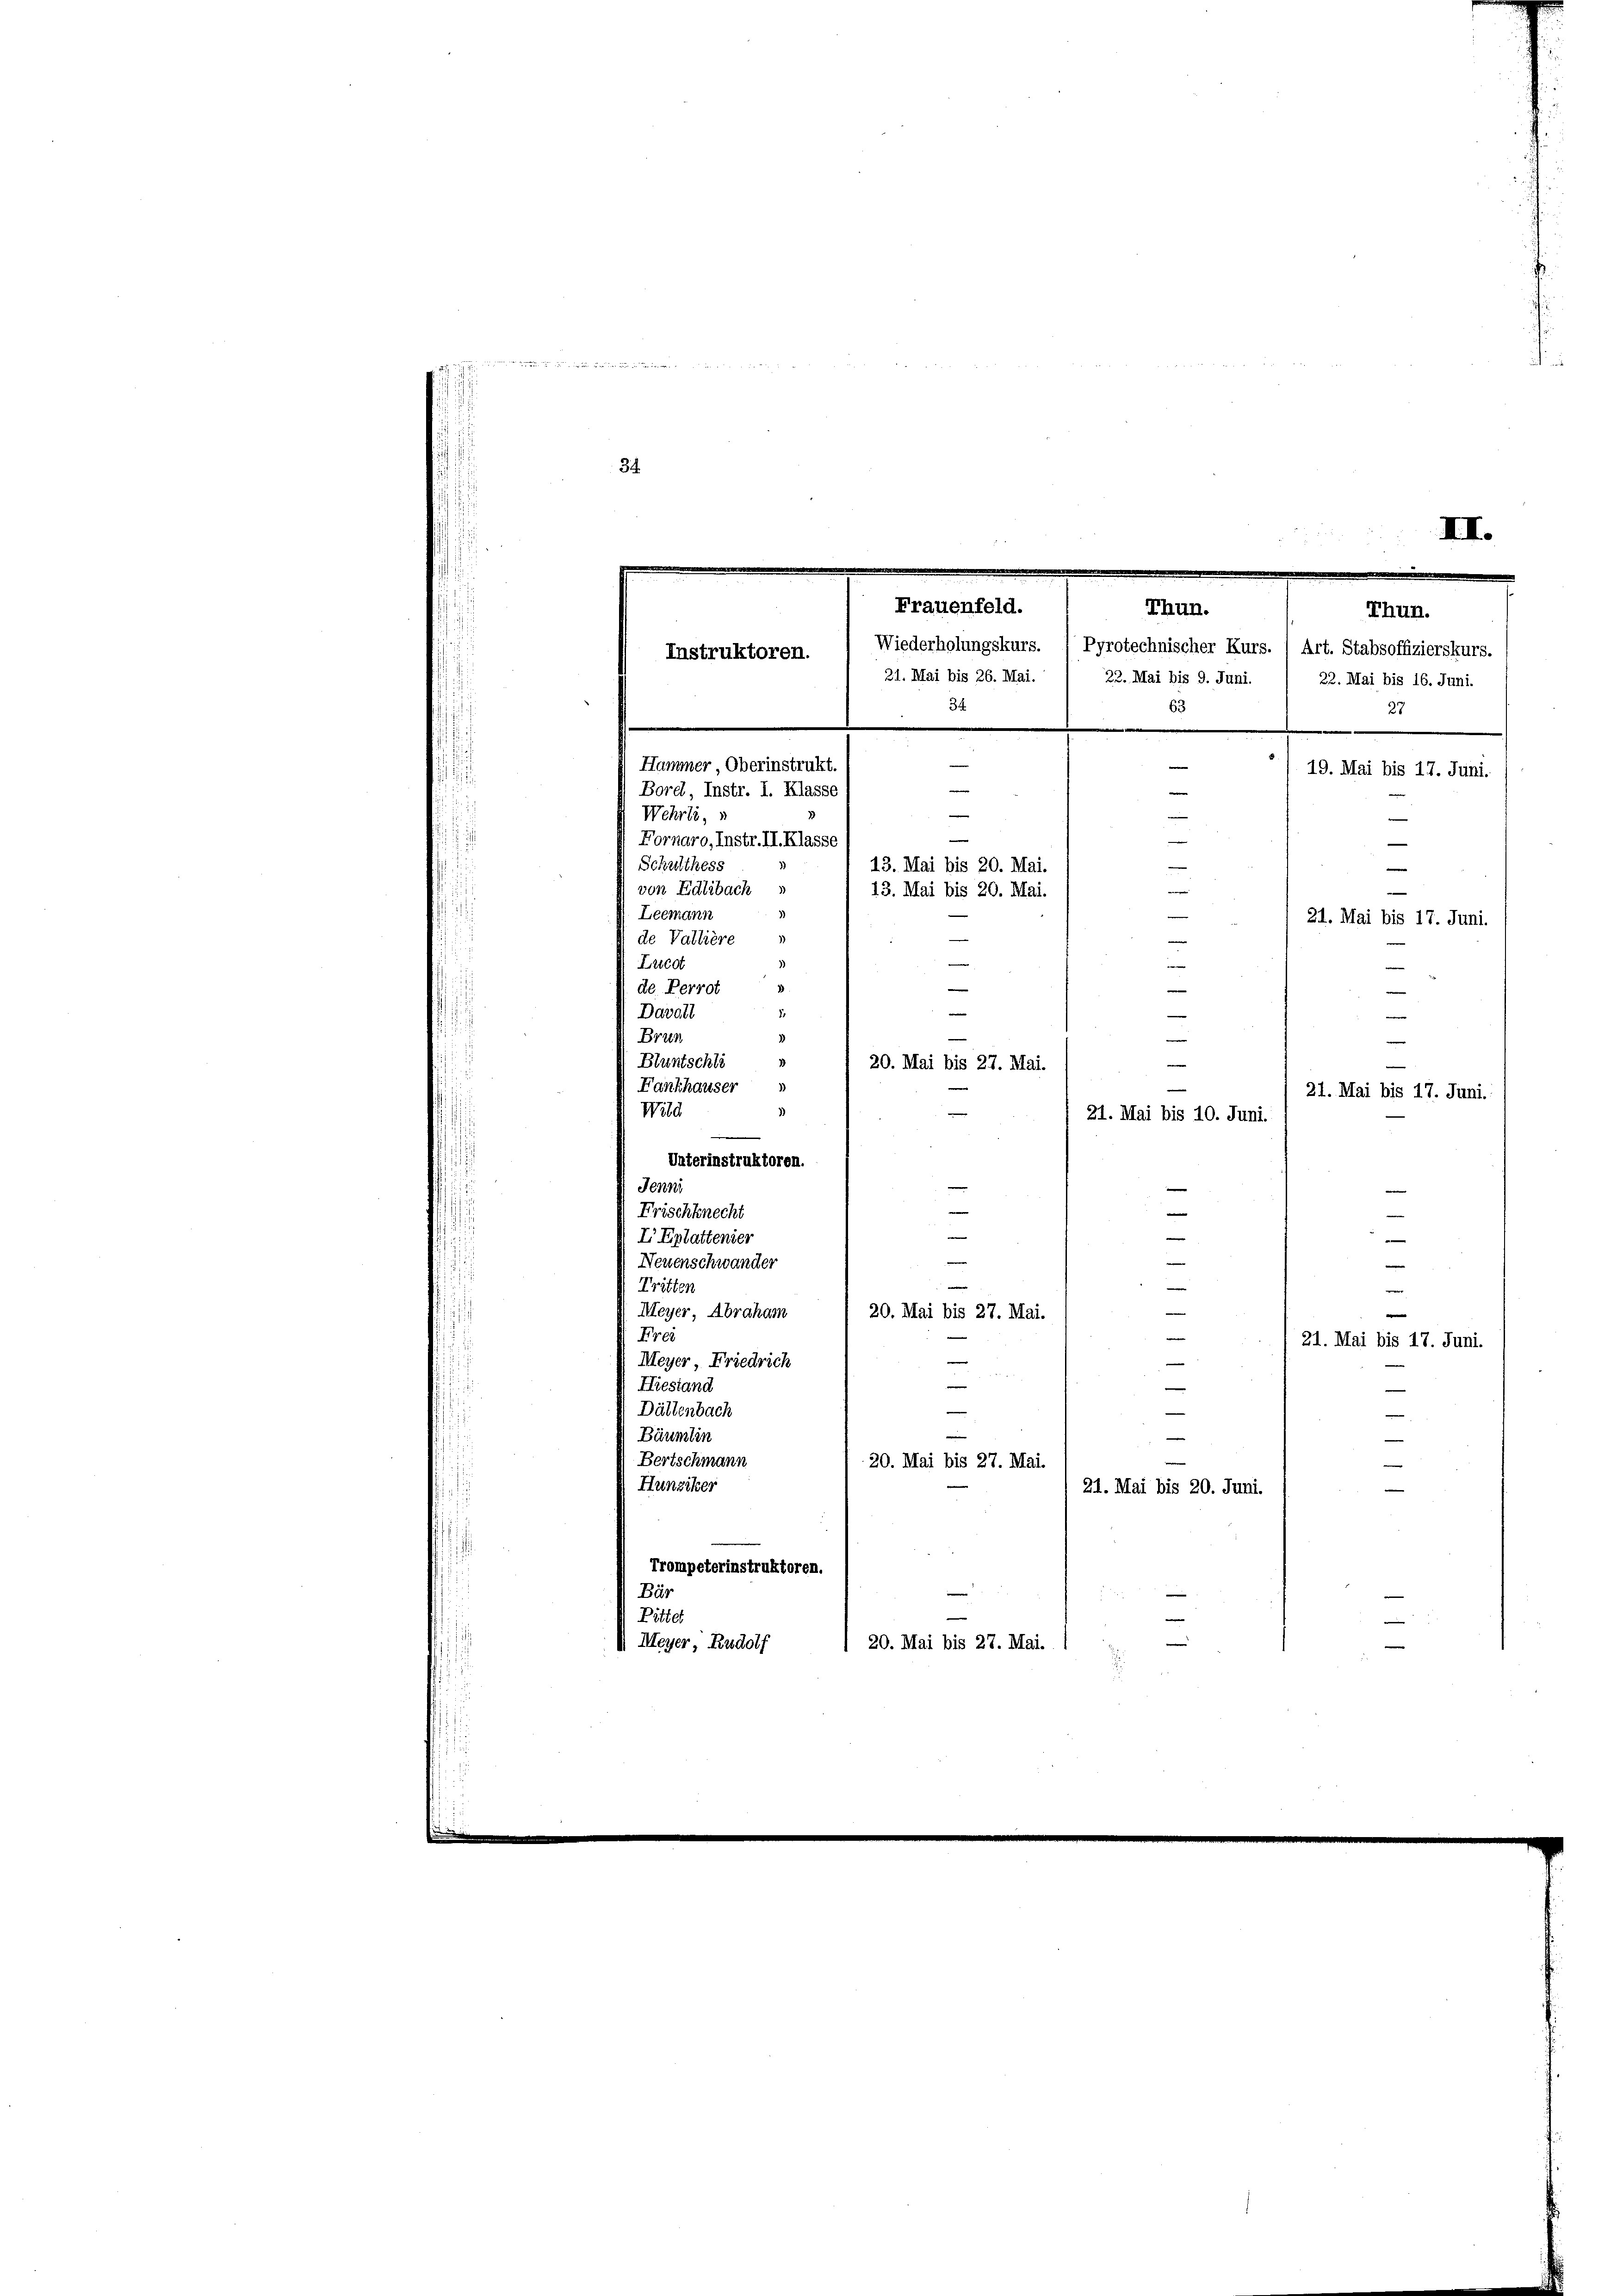
34.

Hammer, Oberinstrukt
Borel, Instr. I. Klasse
Wehrli,
Fornaro, Instr. II. Klasse
Schulthess
von Edlibach
Leemann
de Vallière
Lucot
de Perrot
Davall
Brun
Bluntschli
3
e
20. Mai bis 27. Mai.
Fankhauser
21. Mai bis 17. Juni.
Wild

21. Mai bis 10. Juni.
Unterinstruktoren.
Jenni
e
.
Frischknecht
—
e
—
I Eplattenier
—
e
Neuenschwander
e
Tritten
.
Meyer, Abraham
e

20. Mai bis 27. Mai.
e
Frei
21. Mai bis 17. Juni.
|
Meyer, Friedrich
e
e
Hiestand
e
Dältenbach
.
e
Bäumlin
Bertschmann
e
20. Mai bis 27. Mai.
Hunziker
21. Mai bis 20. Juni.
Trompeterinstruktoren.
Bär
Pittel
d Meyer, Rudolf
1 20. Mai bis 27. Mai.
.

II.
Frauenfeld.
Thun.
Thun.
Wiederholungskurs." Pyrotechnischer Kurs. (Art. Stabsoffizierskurs.
Instruktoren.
21. Mai bis 26. Mai.
22. Mai bis 9. Juni.
22. Mai bis 16. Juni.
34
63
27

e
e

e
19. Mai bis 17. Juni.
e
e
13. Mai bis 20. Mai.
e
13. Mai bis 20. Mai.
g
.
21. Mai bis 17. Juni.
e
—
d